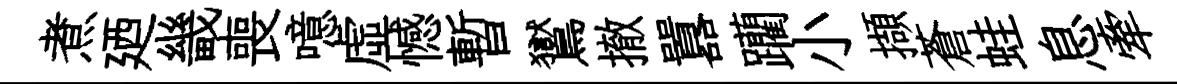
煮廼畿喪噫虚憾暫鸑撤囂躪小擷蒼蛙息牽